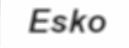
Esko